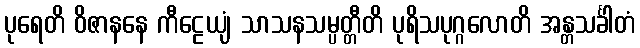
ပုရေတိ ဝိဇာနနေ ကီဠေယျံ သာသနသမ္ပတ္တီတိ ပုရိသပုဂ္ဂလောတိ အန္တသင်္ခါတံ